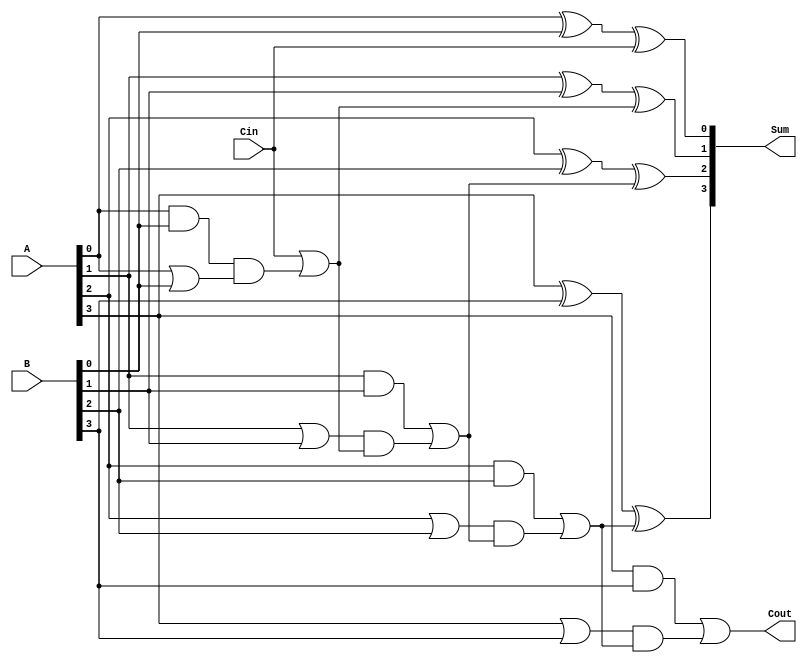
`timescale 1ns / 1ps
//////////////////////////////////////////////////////////////////////////////////
// Company: 
// Engineer: 
// 
// Design Name: 
// Module Name: CLA4
// Project Name: 
// Target Devices: 
// Tool Versions: 
// Description: 
// 
// Dependencies: 
// 
// Revision:
// Revision 0.01 - File Created
// Additional Comments:
// 
//////////////////////////////////////////////////////////////////////////////////

module CLA4(
  input [3:0] A,       
  input [3:0] B,       
  input Cin,           
  output [3:0] Sum,   
  output Cout          
);

wire [3:0] G;
wire [3:0] P; 
wire [3:0] C; 

assign G[0] = A[0] & B[0];
assign G[1] = A[1] & B[1];
assign G[2] = A[2] & B[2];
assign G[3] = A[3] & B[3];

assign P[0] = A[0] | B[0];
assign P[1] = A[1] | B[1];
assign P[2] = A[2] | B[2];
assign P[3] = A[3] | B[3];

assign C[0] = Cin | (G[0] & P[0]);
assign C[1] = G[1] | (P[1] & (Cin | (G[0] & P[0])));
assign C[2] = G[2] | (P[2] & (G[1] | (P[1] & (Cin | (G[0] & P[0])))));
assign C[3] = G[3] | (P[3] &  (G[2] | (P[2] & (G[1] | (P[1] & (Cin | (G[0] & P[0])))))));

assign Sum[0] = A[0] ^ B[0] ^ Cin;
assign Sum[1] = A[1] ^ B[1] ^ C[0];
assign Sum[2] = A[2] ^ B[2] ^ C[1];
assign Sum[3] = A[3] ^ B[3] ^ C[2];
assign Cout = C[3];

endmodule